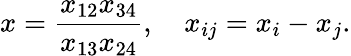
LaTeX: x=\frac{x_{12}x_{34}}{x_{13}x_{24}},\quad x_{ij}=x_{i}-x_{j}.